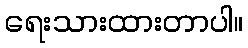
ရေးသားထားတာပါ။